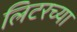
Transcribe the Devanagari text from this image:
लिटरच्या